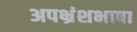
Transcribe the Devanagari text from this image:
अपभ्रंशभाषा